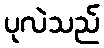
ပုလဲသည်